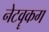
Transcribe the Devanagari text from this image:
नेटवॄकग